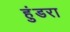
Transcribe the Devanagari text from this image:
हुंडरा